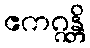
ဧကဂ္ဂန္တိ